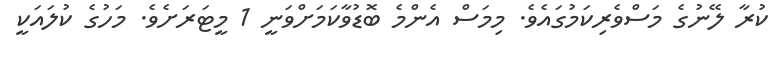
ކުރާ ލޭނުގެ މަސްވެރިކަމުގައެވެ. މިމަސް އެންމެ ބޮޑުވާކަމަށްވަނީ 1 މީޓަރަށެވެ. މަހުގެ ކުލައަކީ